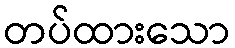
တပ်ထားသော